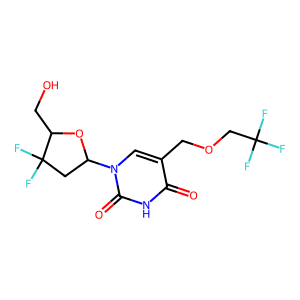
SMILES: O=c1[nH]c(=O)n(C2CC(F)(F)C(CO)O2)cc1COCC(F)(F)F
Inhibits HIV replication: No